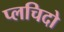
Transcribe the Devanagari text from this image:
प्लचिदो